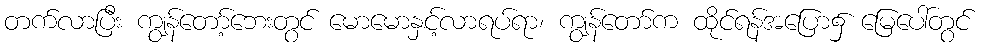
တက်လာပြီး ကျွန်တော့်ဘေးတွင် မောမောနှင့်လာရပ်ရာ၊ ကျွန်တော်က ထိုင်ရန်အပြော၌ မြေပေါ်တွင်